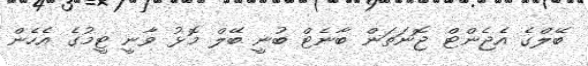
ބޭލްގެ އެޖެންޓް ޖޮނަތަން ބާނެޓް ބުނީ ބޭލް މޮޅު ވާނީ ޓީމުގެ އެހެން